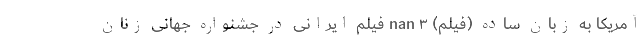
آمریکا به زبان ساده (فیلم) nan ۳ فیلم ایرانی در جشنواره جهانی زنان